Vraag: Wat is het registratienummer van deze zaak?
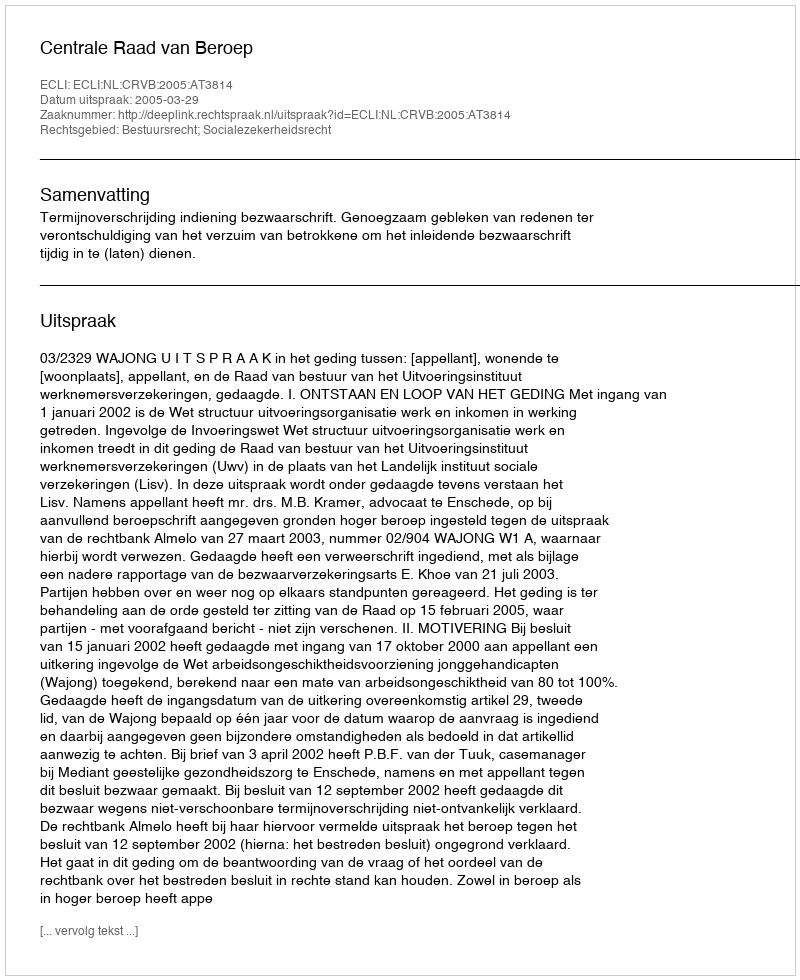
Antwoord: http://deeplink.rechtspraak.nl/uitspraak?id=ECLI:NL:CRVB:2005:AT3814